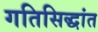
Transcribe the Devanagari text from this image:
गतिसिद्धांत